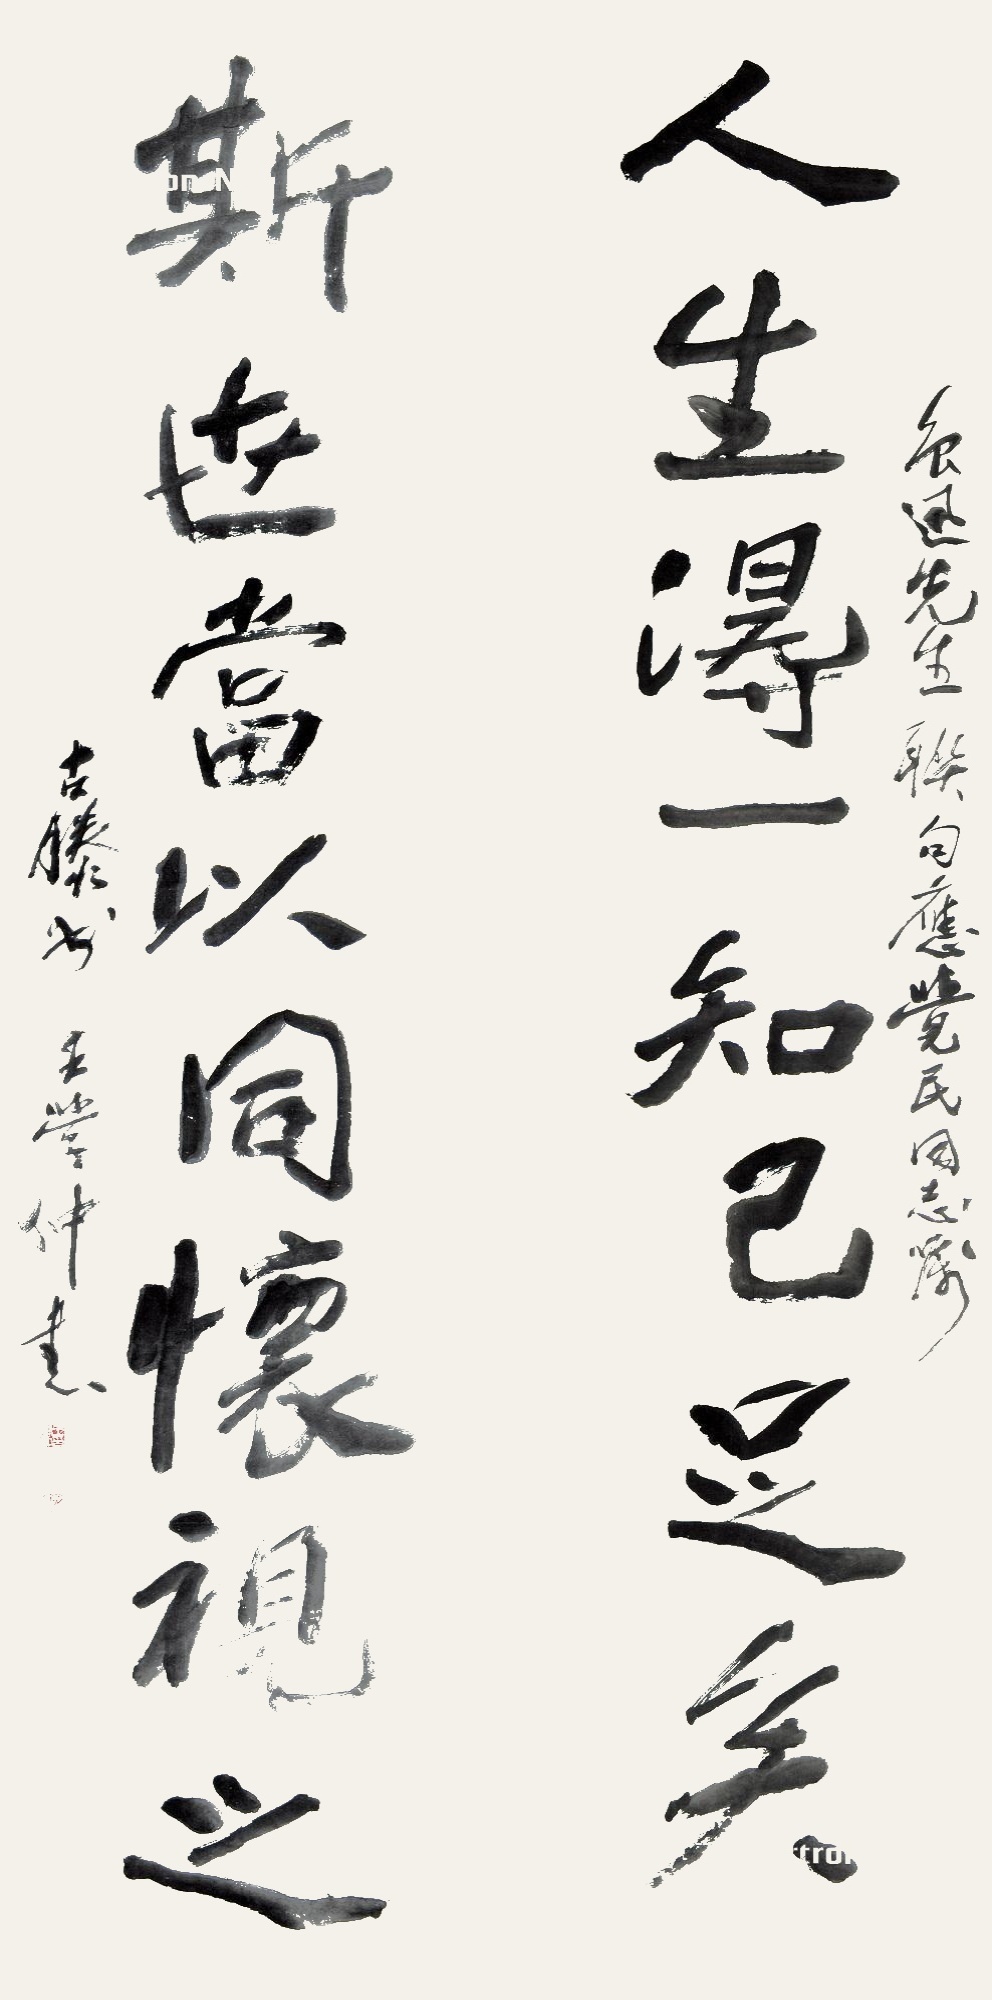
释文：人生得一知己足矣，斯世当以同怀视之。格拉腊夫斯克姆先生台览。古滕州王学仲书。